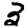
Digit: 3